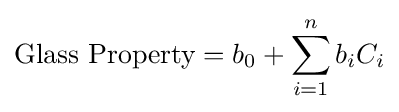
{\mbox{Glass Property}}=b_{0}+\sum _{i=1}^{n}b_{i}C_{i}